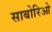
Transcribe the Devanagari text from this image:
साबोरिओ